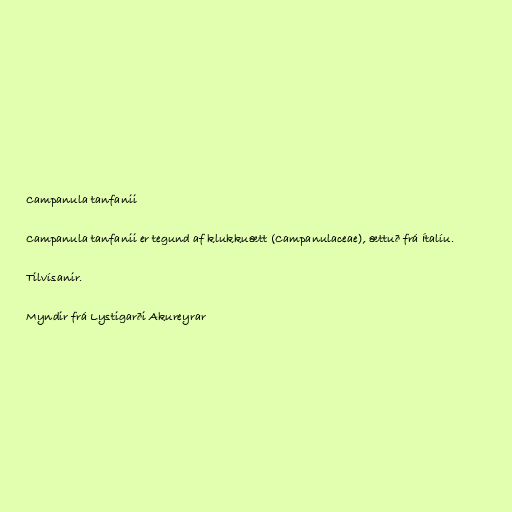
Campanula tanfanii

Campanula tanfanii er tegund af klukkuætt (Campanulaceae), ættuð frá Ítalíu.

Tilvísanir.

Myndir frá Lystigarði Akureyrar